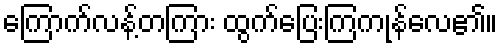
ကြောက်လန့်တကြား ထွက်ပြေးကြကုန်လေ၏။